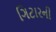
ગિટારની